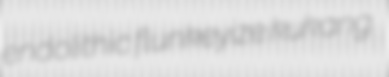
endolithic flunkeyize kukang